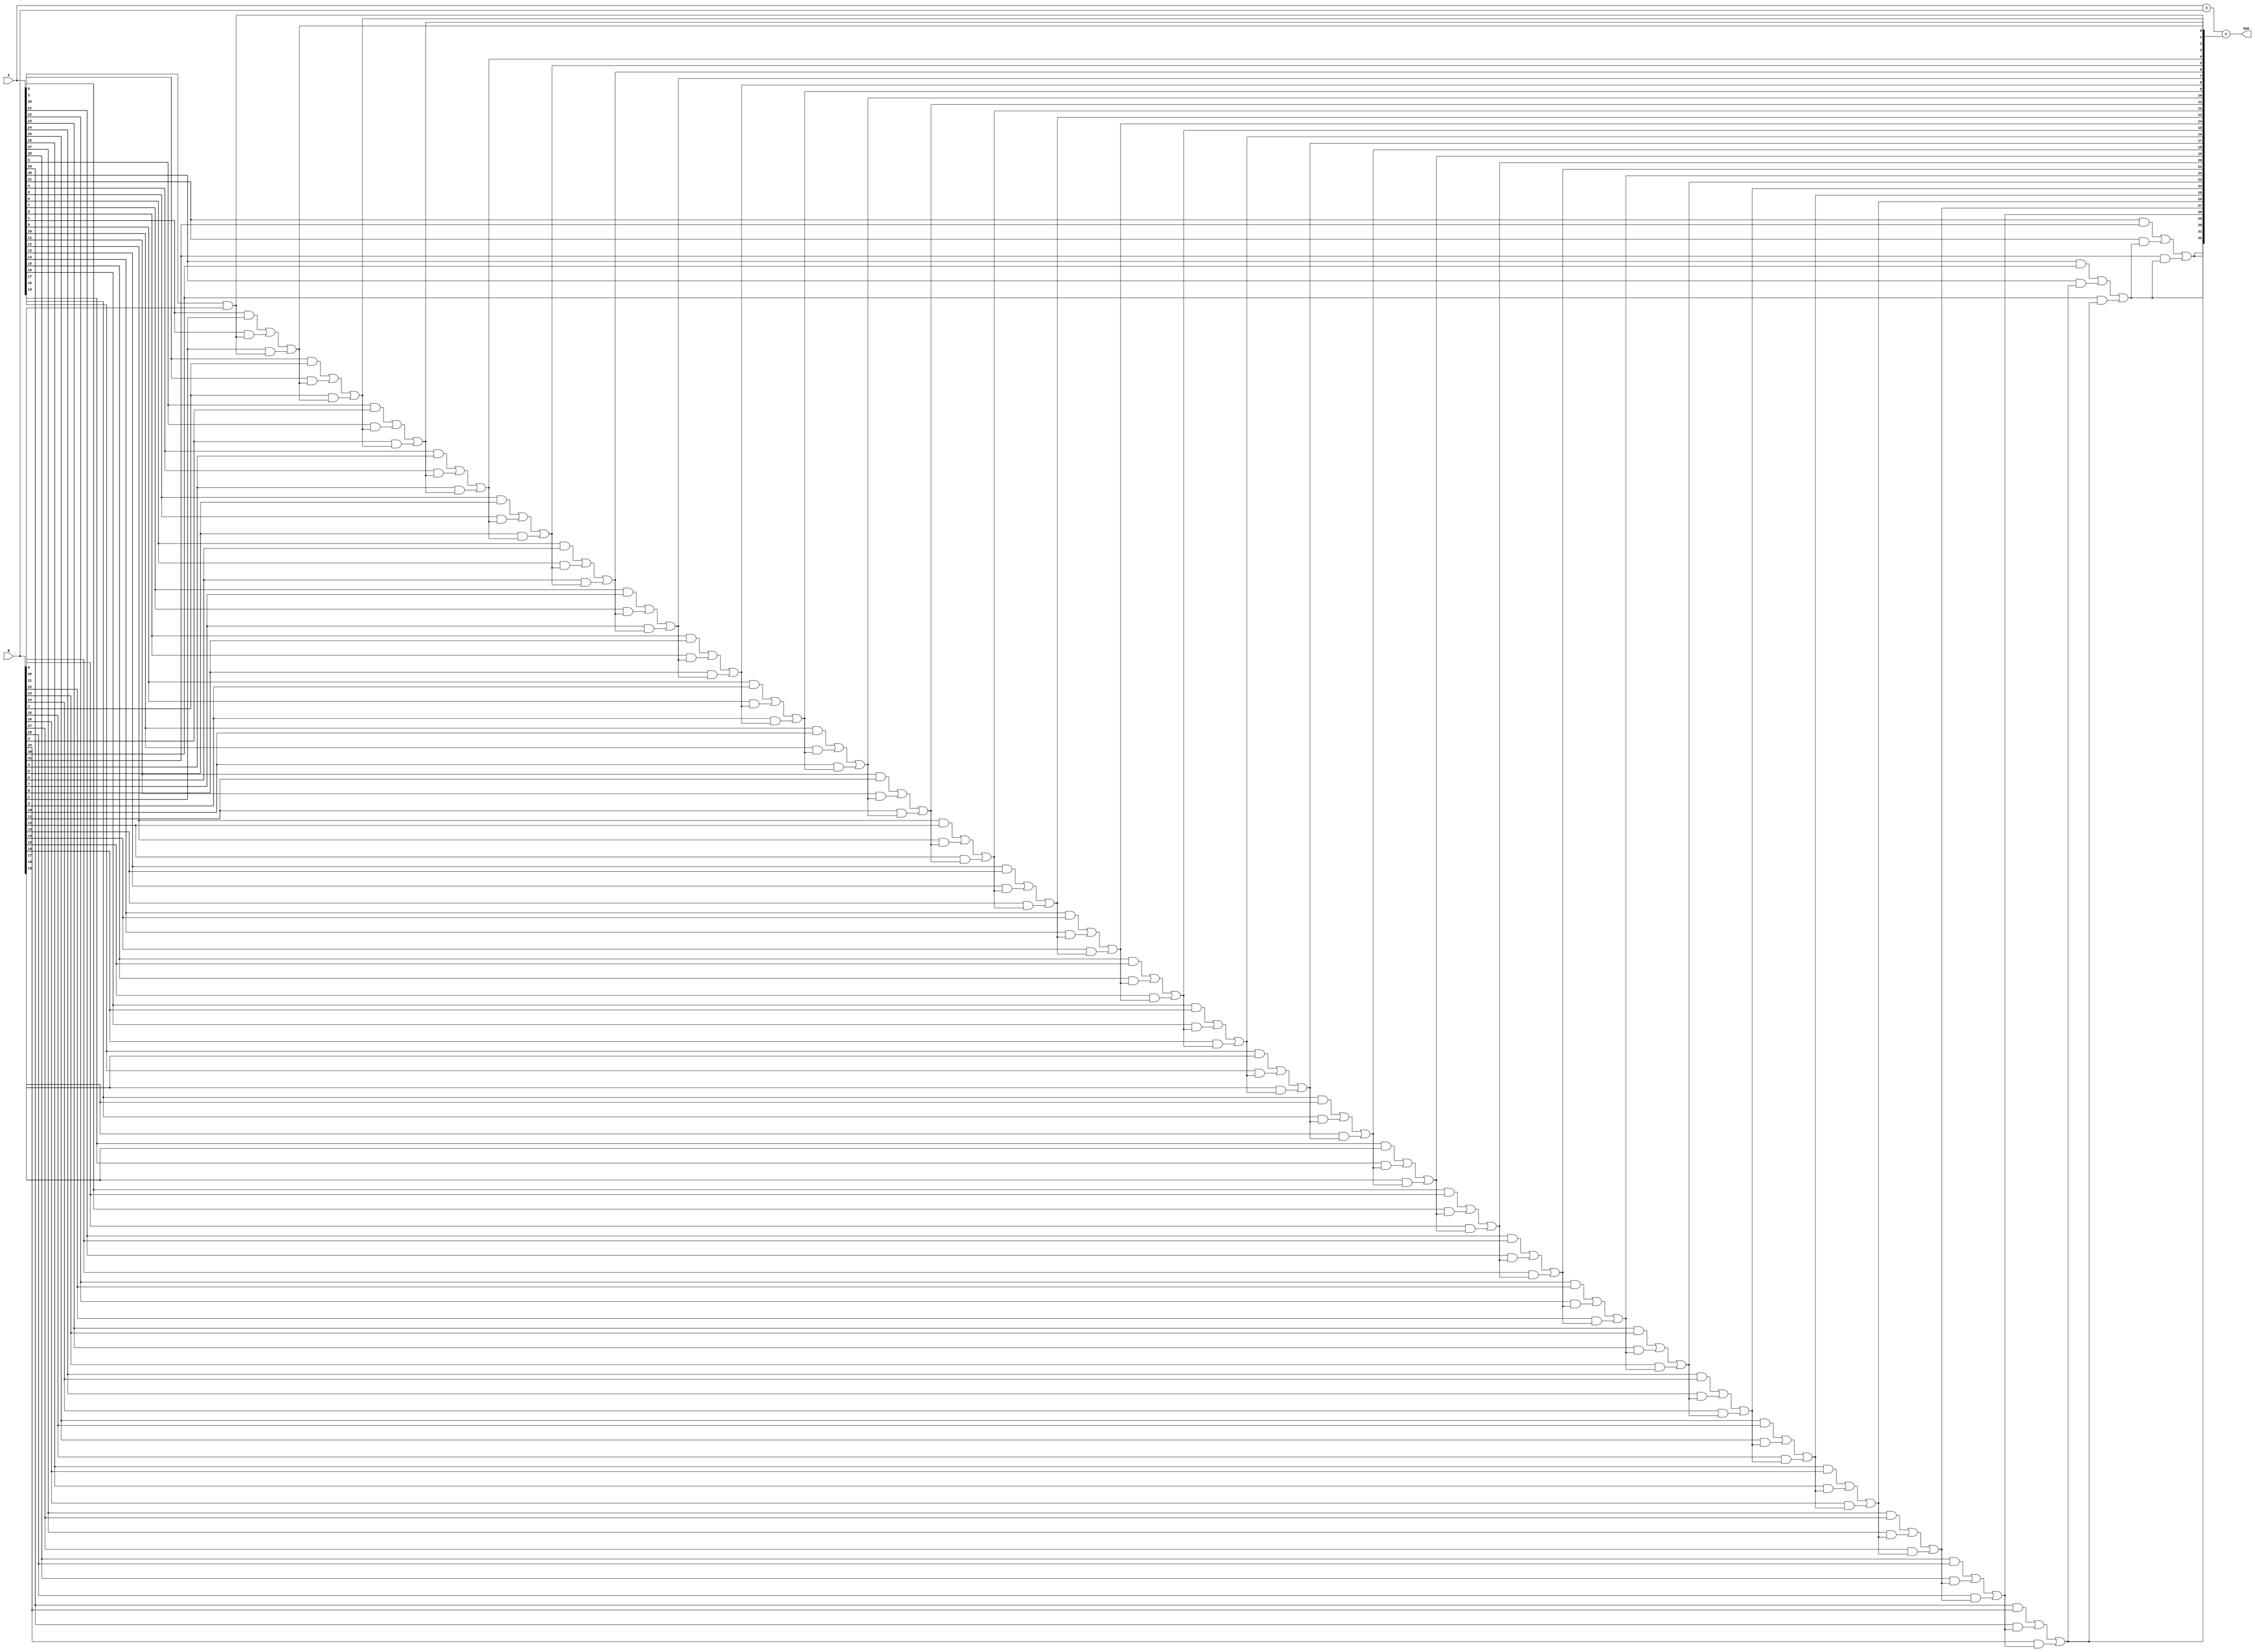
module brent_kung_adder (
    input wire [31:0] A,
    input wire [31:0] B,
    output wire [32:0] Sum
);

wire [32:0] C;

genvar i;

generate
    // Stage 1
    assign C[0] = A[0] & B[0];
    
    for (i = 1; i < 32; i = i+1) begin
        assign C[i] = (A[i] & B[i]) | (A[i] & C[i-1]) | (B[i] & C[i-1]);
    end

    // Stage 2
    assign C[32] = C[31];
    
    // Final Sum calculation
    assign Sum = A + B + C;

endgenerate

endmodule